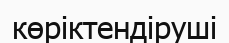
көріктендіруші